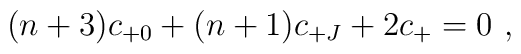
(n+3) c_{+0} + (n+1) c_{+J} + 2 c_{+} = 0\ ,